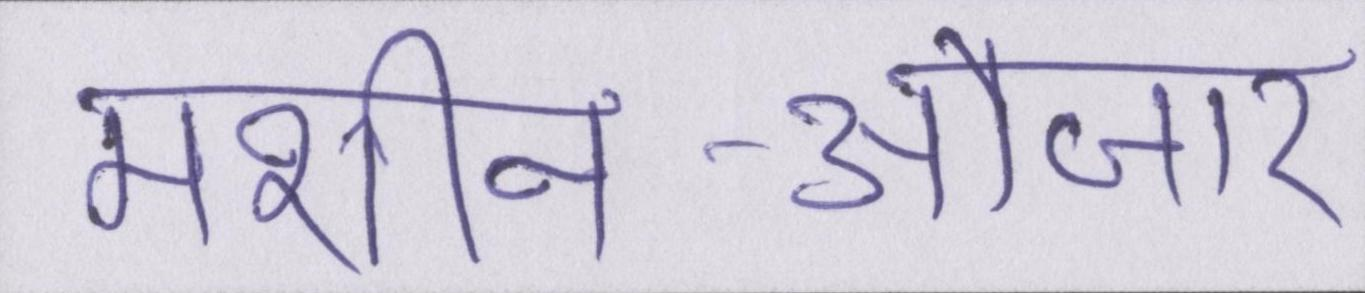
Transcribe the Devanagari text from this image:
मशीन-औजार